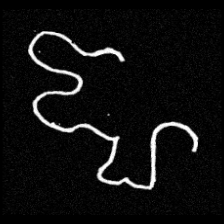
Pyu character \u2014 Myanmar letter: ဈ (romanized: jha)